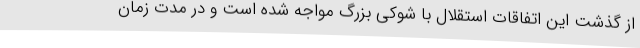
از گذشت این اتفاقات استقلال با شوکی بزرگ مواجه شده است و در مدت زمان